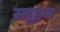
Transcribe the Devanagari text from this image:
स्लूइस